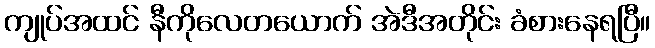
ကျုပ်အထင် နီကိုလေတယောက် အဲဒီအတိုင်း ခံစားနေရပြီ။